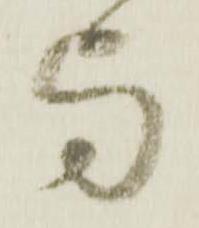
与